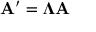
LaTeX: \mathbf { A } ^ { \prime } = { \boldsymbol { \Lambda } } \mathbf { A }